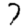
Digit: 7